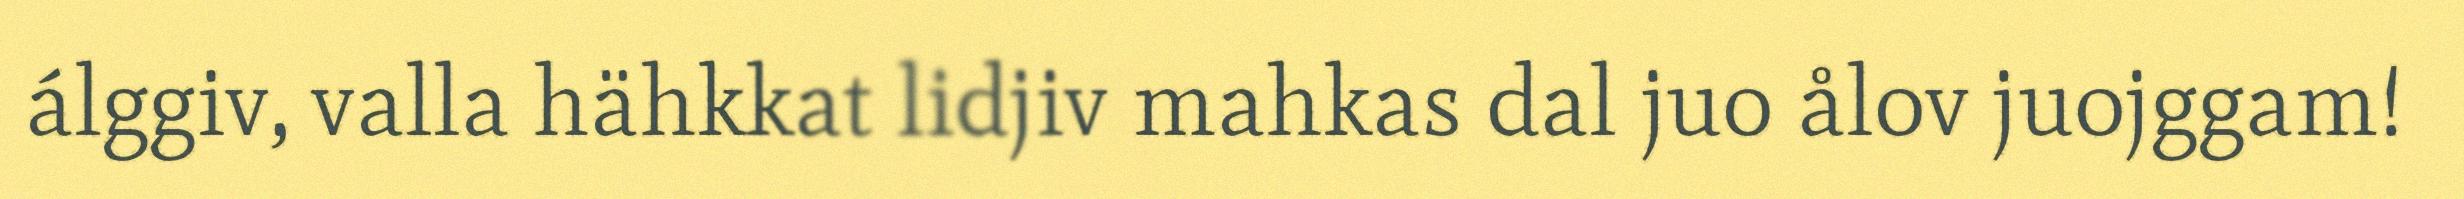
álggiv, valla hähkkat lidjiv mahkas dal juo ålov juojggam!